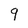
Character: 9